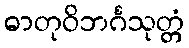
ဓာတုဝိဘင်္ဂသုတ္တံ